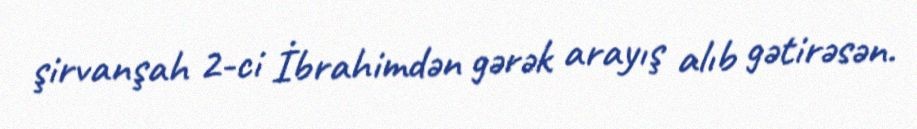
şirvanşah 2-ci İbrahimdən gərək arayış alıb gətirəsən.